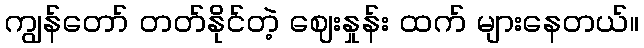
ကျွန်တော် တတ်နိုင်တဲ့ ဈေးနှုန်း ထက် များနေတယ်။